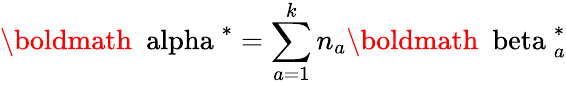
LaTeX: {\mathrm{\boldmath~\ alpha~}}^{*}=\sum_{a=1}^{k}n_{a}{{\mathrm{\boldmath~\ beta~}}_{a}^{*}}